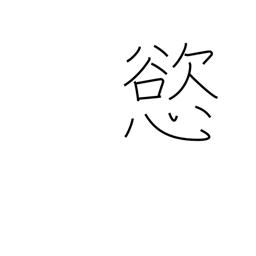
Meaning: greed